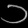
Digit: ၁